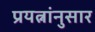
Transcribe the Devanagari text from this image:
प्रयत्नांनुसार